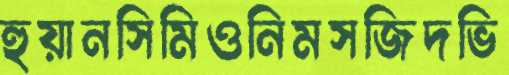
হুয়ানসিমিওনিমসজিদভি